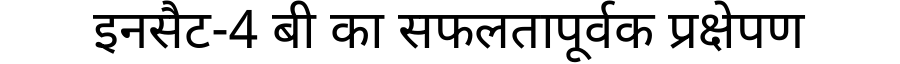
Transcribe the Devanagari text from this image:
इनसैट-4 बी का सफलतापूर्वक प्रक्षेपण